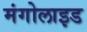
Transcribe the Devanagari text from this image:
मंगोलाइड